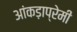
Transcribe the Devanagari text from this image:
आंकड़ाप्रेमी